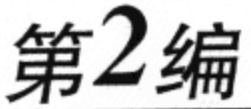
第2编